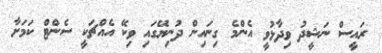
ރައީސް ނަޝީދު ވިދާޅުވީ އެންމެ ގިނައިން ދުނިޔޭގައި ވިކޭ އެއްޗަކީ ސެންޓް ކަމަށާ